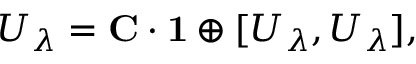
U _ { \lambda } = { \bf C } \cdot { \bf 1 } \oplus [ U _ { \lambda } , U _ { \lambda } ] ,